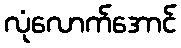
လုံလောက်အောင်